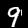
Label: 9